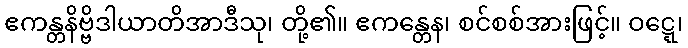
ဧကန္တနိဗ္ဗိဒါယာတိအာဒီသု၊ တို့၏။ ဧကန္တေန၊ စင်စစ်အားဖြင့်။ ဝဋ္ဋေ၊